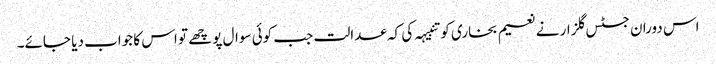
اس دوران جسٹس گلزار نے نعیم بخاری کو تنبیہہ کی کہ عدالت جب کوئی سوال پوچھے تو اس کا جواب دیا جائے۔